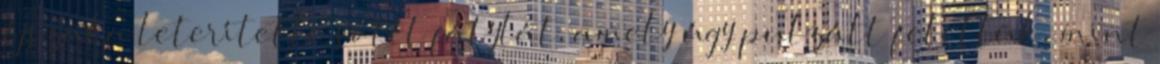
éjszaka leterítette sötét fátylát, amely úgy pulzált felettük, mint